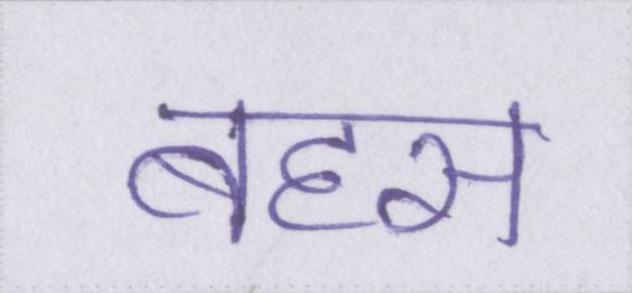
बहस